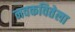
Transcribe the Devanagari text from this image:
नवकवितेला